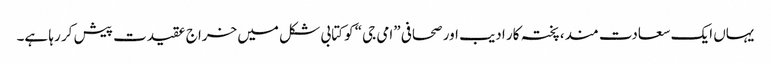
یہاں ایک سعادت مند، پختہ کار ادیب اور صحافی ”امی جی“ کو کتابی شکل میں خراج عقیدت پیش کر رہا ہے۔